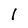
Character: 1